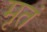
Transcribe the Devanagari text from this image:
मृतं